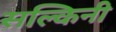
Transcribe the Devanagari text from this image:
सल्किनी